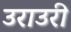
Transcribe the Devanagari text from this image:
उराउरी